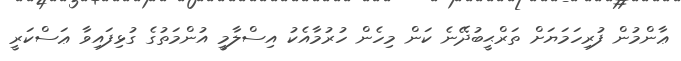
ޢާންމުން ފުރިހަމަޔަށް ތަރްޙީބުދޭނެ ކަން މިހެން ހުރުމާއެކު އިސްލާމީ އުންމަތުގެ ގުޅިފައިވާ ޢަސްކަރީ